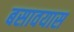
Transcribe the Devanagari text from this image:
बसावयास